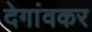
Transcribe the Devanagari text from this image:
देगांवकर